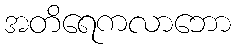
အတိရေကလာဘော